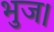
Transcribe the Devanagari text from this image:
भुज।